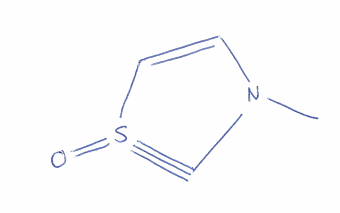
Simplified molecular-input line-entry system (SMILES) notation of the given molecule:
CN1C=CS(#C1)=O